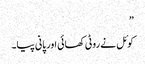
”
کوئل نے روٹی کھائی اور پانی پیا۔